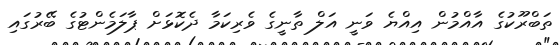
ތަބްރޫކުގެ އާއްމުން އިއްޔެ ވަނީ އަލް ތާނީގެ ވެރިކަމާ ދެކޮޅަށް ޕާލަމެންޓުގެ ބޭރުގައި